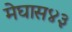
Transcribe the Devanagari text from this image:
मेघास४३